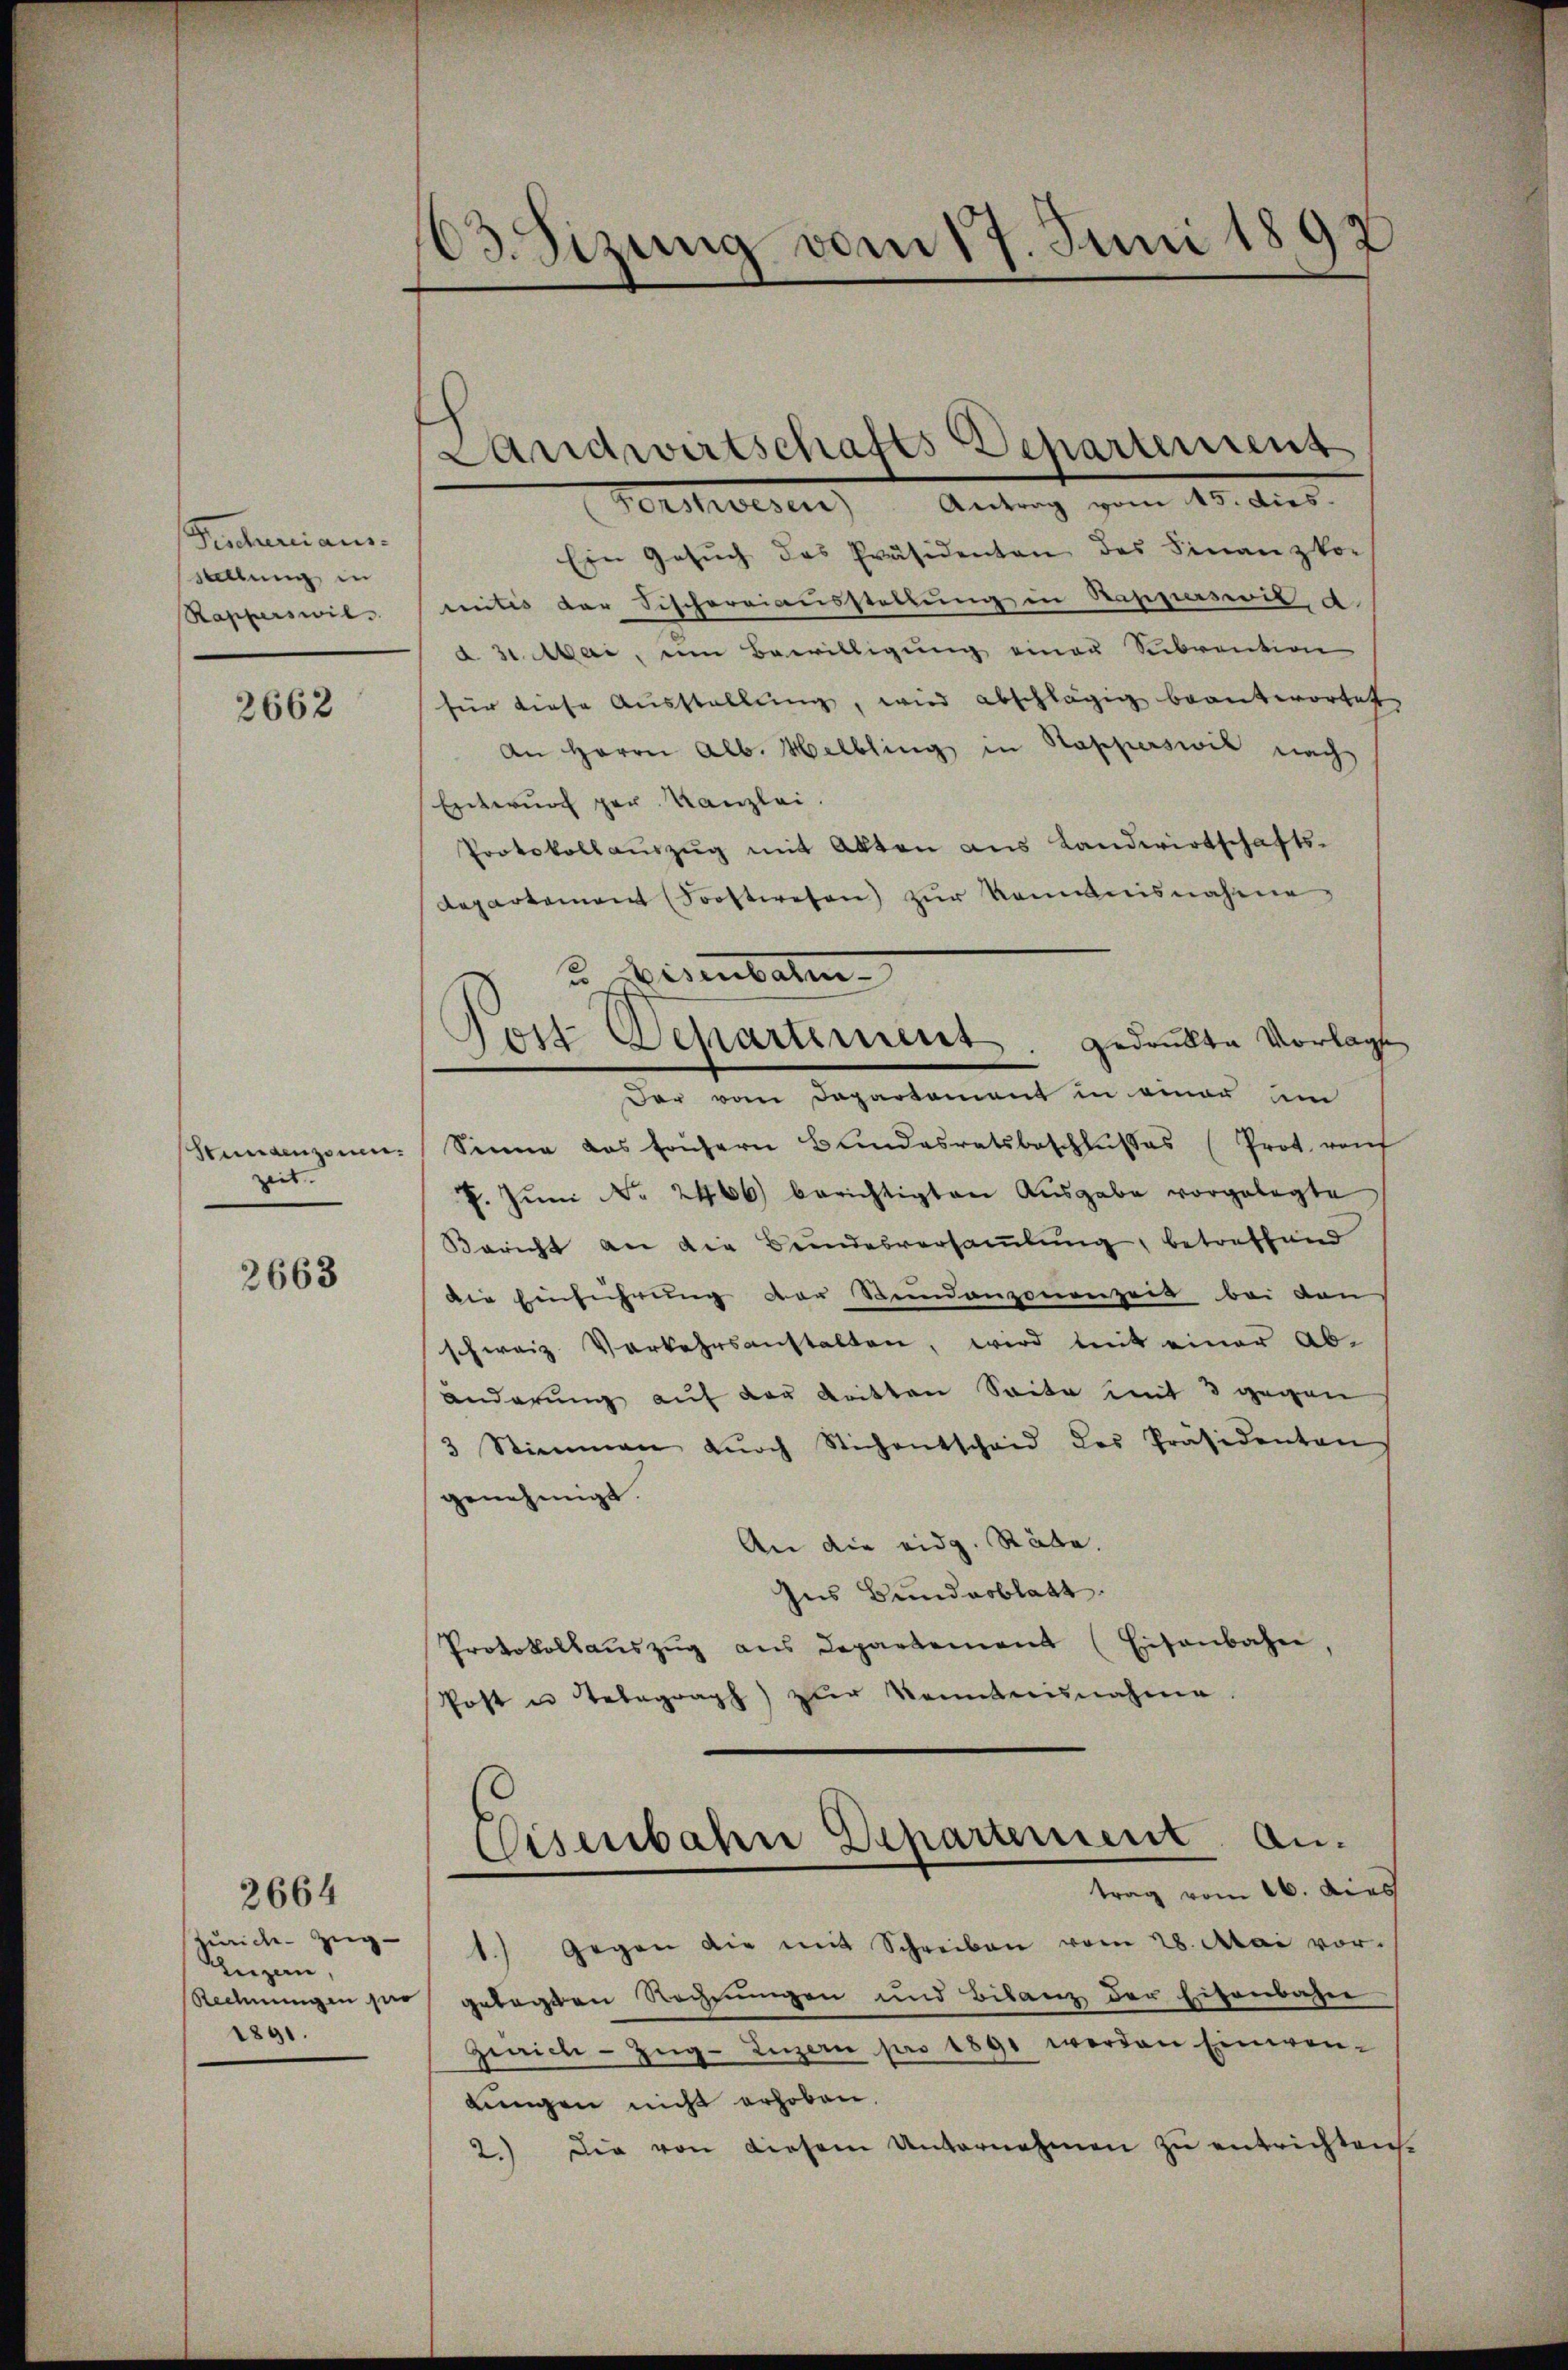
Fischertiaus.
stellung in
Rapperswils.

2662

Stundenzonen.
zeit.

2663

zurich - Zug
Luzern,
1891.

2664

103. Sizung vom 17. Juni 1892

Landwirtschafts Departement

Verdiesen) Antrag vom 15. dies.
Ein Gesŭch des Präsidenten des Finanzko-
mitis der Fischereiausstellung in Rappaswil a
d 31. Mai, ein Bewilligung einer Subvention
für diese Ausstellŭng, wird abschlägig beantwortet
An Herrn Alb. Melbling in Stapperswil nach
Entwurf per Kanzlei.
Protokollaŭszŭg mit Akten aus Landwirtschafts-
departement (Sooftwesen) zur Kenntnisnahme,
der vom Departement in einer um
Sinne das frühern Bundesratsbeschlŭsses (Prot. rauf
7. Juni No 2466 berichtigten Ausgabe vorgelegte
Bericht an die Bundesversammlung, betreffend
die Einführung vor Sidanzonenzeit bei den
schweiz. Verkehrsanstalten, wird mit einer Ab-
änderung auf der tritten Seite mit 3 gegen
3 Stimmen dŭrch Stichentschaid des Präsidenten
genehmigt.
An die eidg. Räbe.
Ins Bundesblatt.
Protokollaŭszŭg ans Departement (Eisenbahn,
Post u Telegraph zur Kenntnisnahme

u Weisenbaten
Post Departement. Gedankte Vorlage

trag vom 16. dies
1.) Gegen die mit Schreiben vom 28. Mai vor.
Rechnungen sie gelegten Rechnungen und Bilanz der Eisenbahne
Zürich–Zug–Luzern pro 1891 werden Einwen-
lungen nicht erhoben.
2.) Die von diesem Unternahmen zŭ entrichten.

Cisenbahn Departement An¬